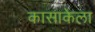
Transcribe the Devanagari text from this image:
कासाकेला